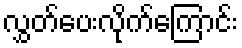
လွှတ်ပေးလိုက်ကြောင်း